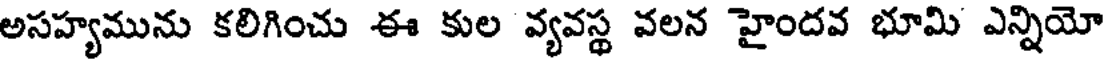
అసహ్యమును కలిగించు ఈ కుల వ్యవస్థ వలన హైందవ భూమి ఎన్నియో